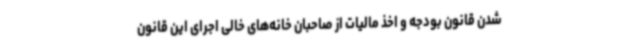
شدن قانون بودجه و اخذ مالیات از صاحبان خانه‌های خالی اجرای این قانون